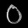
Digit: ၀